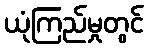
ယုံကြည်မှုတွင်